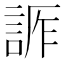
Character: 𧨊